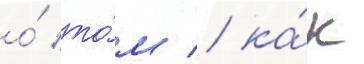
о́ то́м / ка́к